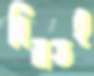
দ্বিমতই